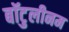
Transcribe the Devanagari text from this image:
बॉटुलीनम